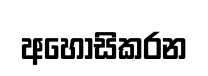
අහෝසිකරන